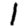
Digit: 1